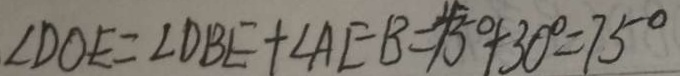
\angle D O E = \angle D B E + \angle A E B = 4 5 ^ { \circ } + 3 0 ^ { \circ } = 7 5 ^ { \circ }